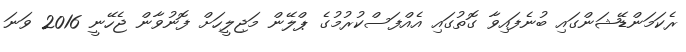
ރެކަމަންޑޭޝަންގައި ބުނެފައިވާ ގޮތުގައި އެއްފަސްކުރުމުގެ ޕްލޭން މަޖިލީހަށް ފޮނުވާން ޖެހޭނީ 2016 ވަނަ